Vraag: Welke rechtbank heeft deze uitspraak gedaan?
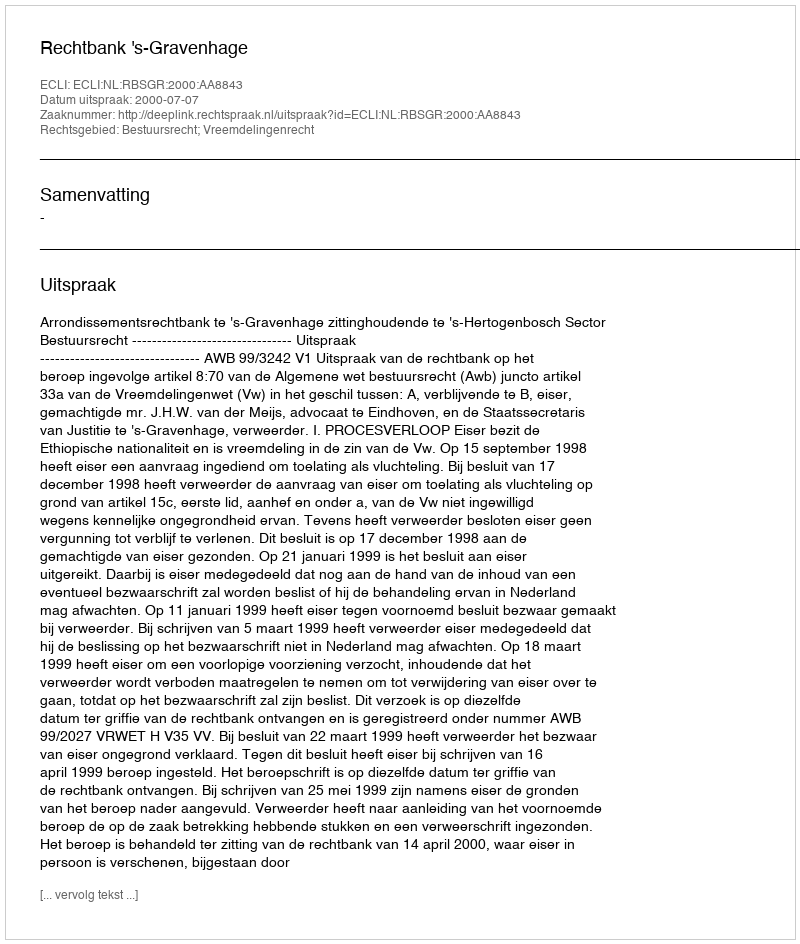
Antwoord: Rechtbank 's-Gravenhage